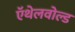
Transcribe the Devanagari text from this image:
ऍथेलवोल्ड